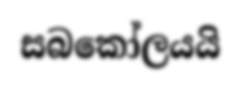
සබකෝලයයි